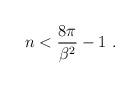
LaTeX: \begin{align*}n < {8 \pi \over \beta^2} -1 \,\, .\end{align*}